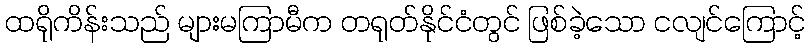
ထရိုကိန်းသည် များမကြာမီက တရုတ်နိုင်ငံတွင် ဖြစ်ခဲ့သော ငလျင်ကြောင့်